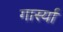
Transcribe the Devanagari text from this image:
गार्स्या